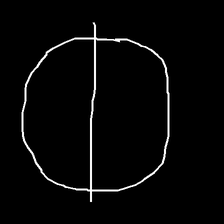
Glyph: orb